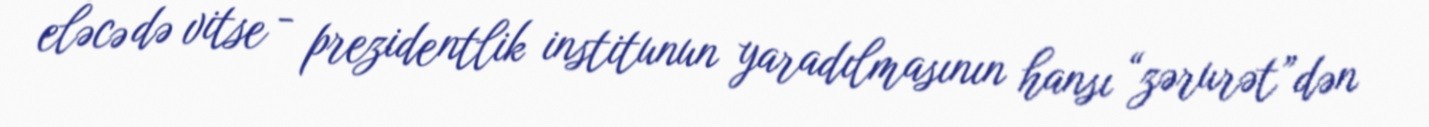
eləcə də vitse - prezidentlik institunun yaradılmasının hansı “zərurət”dən